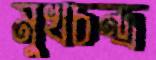
মুখচন্দ্র